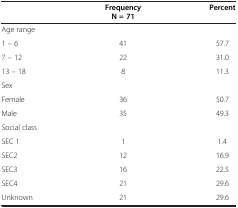
<table><thead><tr><td><b> </b></td><td><b>Frequency N = 71</b></td><td><b>Percent</b></td></tr></thead><tbody><tr><td>Age range</td><td> </td><td> </td></tr><tr><td>1 – 6</td><td>41</td><td>57.7</td></tr><tr><td>7 – 12</td><td>22</td><td>31.0</td></tr><tr><td>13 – 18</td><td>8</td><td>11.3</td></tr><tr><td>Sex</td><td> </td><td> </td></tr><tr><td>Female</td><td>36</td><td>50.7</td></tr><tr><td>Male</td><td>35</td><td>49.3</td></tr><tr><td>Social class</td><td> </td><td> </td></tr><tr><td>SEC 1</td><td>1</td><td>1.4</td></tr><tr><td>SEC2</td><td>12</td><td>16.9</td></tr><tr><td>SEC3</td><td>16</td><td>22.5</td></tr><tr><td>SEC4</td><td>21</td><td>29.6</td></tr><tr><td>Unknown</td><td>21</td><td>29.6</td></tr></tbody></table>